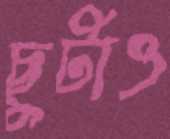
ছুটাও